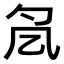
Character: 𠘷